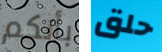
بأنكم حلق